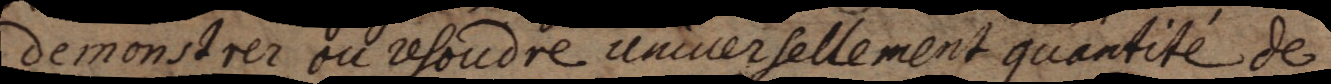
demonstrer ou resoudre universellement quantité de